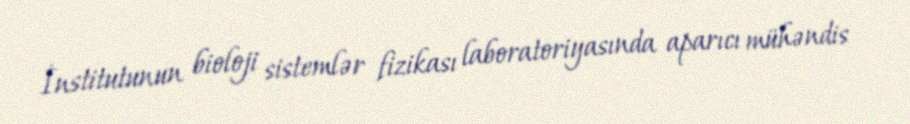
İnstitutunun bioloji sistemlər fizikası laboratoriyasında aparıcı mühəndis